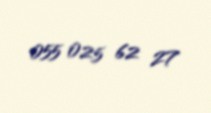
055 025 62 27